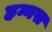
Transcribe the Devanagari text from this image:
हन्नस